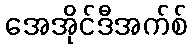
အေအိုင်ဒီအက်စ်